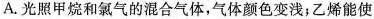
A.光照甲烷和氯气的混合气体，气体颜色变浅；乙烯能使